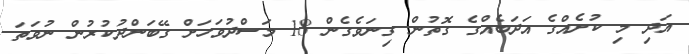
އަދި މި ކުށެއްގެ އަދަބެއްގެ ގޮތުން ގިނަވެގެން 18 މަސްދުވަހަށް ގޭބަންދުކުރުން ނުވަތަ